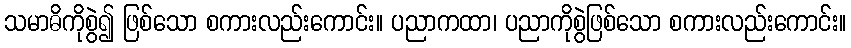
သမာဓိကိုစွဲ၍ ဖြစ်သော စကားလည်းကောင်း။ ပညာကထာ၊ ပညာကိုစွဲဖြစ်သော စကားလည်းကောင်း။